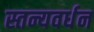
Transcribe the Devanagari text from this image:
स्तन्यवर्धन